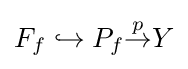
F_{f}\hookrightarrow P_{f}{\overset {p}{\to }}Y